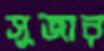
সুজার